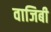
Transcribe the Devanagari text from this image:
वाजिबी